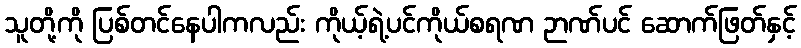
သူတို့ကို ပြစ်တင်နေပါကလည်း ကိုယ့်ရဲ့ပင်ကိုယ်စရဏ ဉာဏ်ပင် ဆောက်ဖြတ်နှင့်